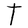
Character: T